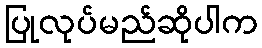
ပြုလုပ်မည်ဆိုပါက